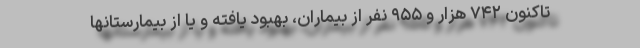
تاکنون ۷۴۲ هزار و ۹۵۵ نفر از بیماران، بهبود یافته و یا از بیمارستانها